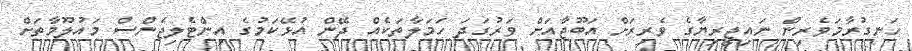
ހަނގުރާމަވެރިން ނައިޖީރިޔާގެ ވެރިރަށް އަބޫޖާއަށް ވަރުގަދަ ހަމަލާތަކެއް ދޭން އުޅޭކަމުގެ އިންޓެލިޖެންސް މައުލޫމާތަށް